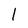
Character: l